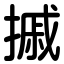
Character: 摵